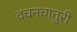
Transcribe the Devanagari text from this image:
वचनचातुरी